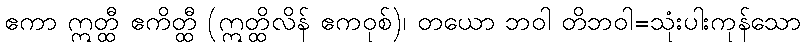
ဧကာ ဣတ္ထီ ဧကိတ္ထီ (ဣတ္ထိလိန် ဧကဝုစ်)၊ တယော ဘဝါ တိဘဝါ=သုံးပါးကုန်သော